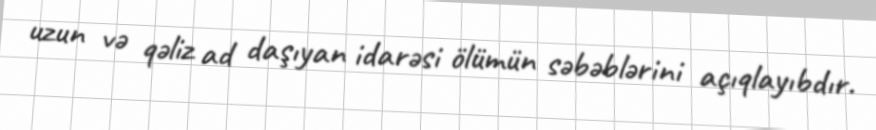
uzun və qəliz ad daşıyan idarəsi ölümün səbəblərini açıqlayıbdır.